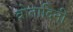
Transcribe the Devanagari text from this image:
वोतादिनी